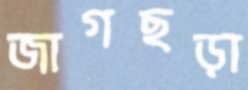
জাগছড়া